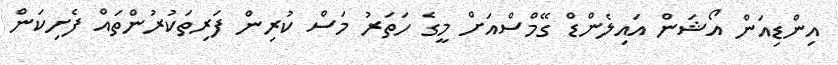
އިންޑިއަން އޯޝަން އައިލެންޑް ގޭމްސްއަށް މީގެ ހަތަރު މަސް ކުރިން ފަރިތަކުރުންތައް ފެށިކަން